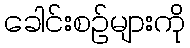
ခေါင်းစဉ်များကို